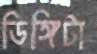
ডিঙ্গিটা